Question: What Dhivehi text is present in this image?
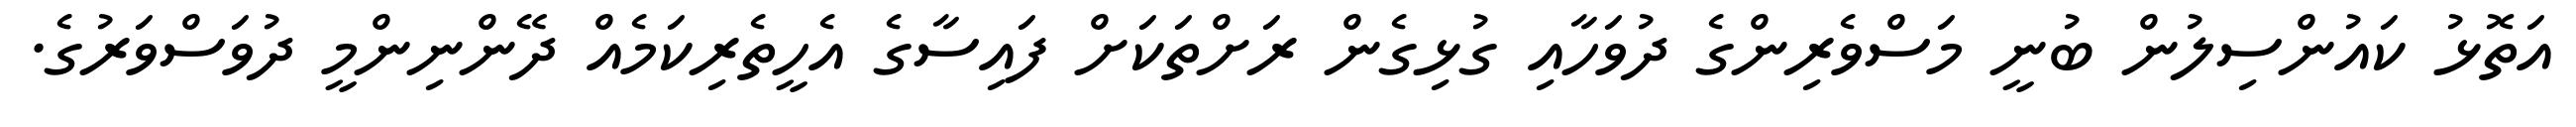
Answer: އަތޮޅު ކައުންސިލުން ބުނީ މަސްވެރިންގެ ދުވަހާއި ގުޅިގެން ރަށްތަކަށް ފައިސާގެ އެހީތެރިކަމެއް ދޭންނިންމީ ދުވަސްވަރުގެ.